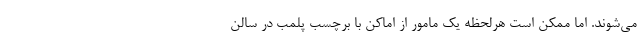
می‌شوند. اما ممکن است هرلحظه یک مامور از اماکن با برچسب پلمب در سالن